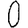
Digit: 0